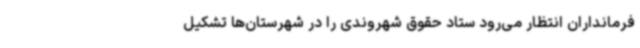
فرمانداران انتظار می‌رود ستاد حقوق شهروندی را در شهرستان‌ها تشکیل